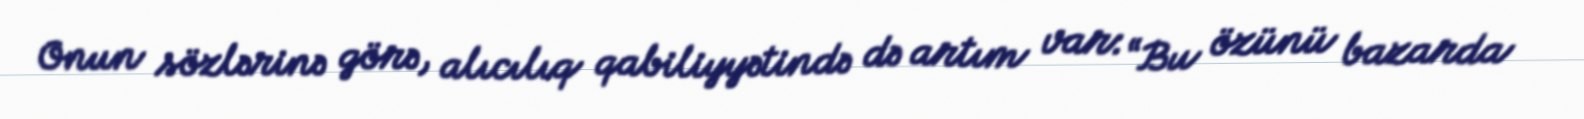
Onun sözlərinə görə, alıcılıq qabiliyyətində də artım var: “Bu özünü bazarda